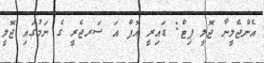
އެންޖެލީނާ ޖޮލީ ޕިޓް: ޑައިރީ އޮފް އަ ސަރޖެރީ ގެ ނަމުގައި ޖޮލީ